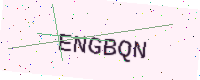
Text: ENGBQN